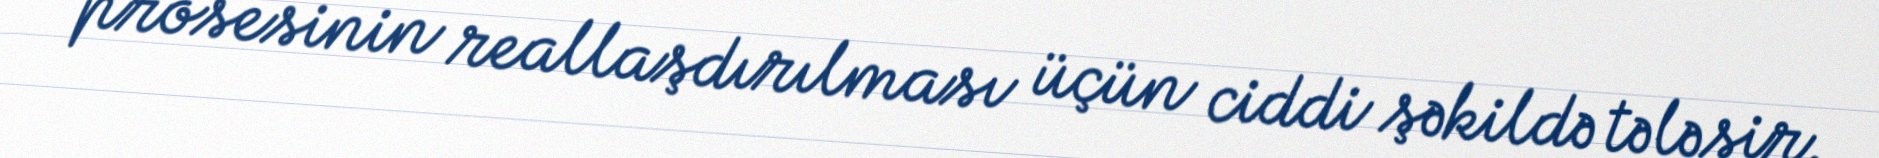
prosesinin reallaşdırılması üçün ciddi şəkildə tələsir.